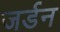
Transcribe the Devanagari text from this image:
जर्डन